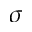
\sigma